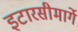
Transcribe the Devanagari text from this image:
इटारसीमार्गे